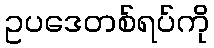
ဥပဒေတစ်ရပ်ကို